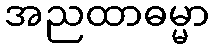
အညထာဓမ္မာ